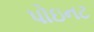
પોઇનટ